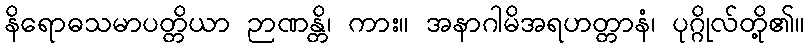
နိရောဓသမာပတ္တိယာ ဉာဏန္တိ၊ ကား။ အနာဂါမိအရဟတ္တာနံ၊ ပုဂ္ဂိုလ်တို့၏။